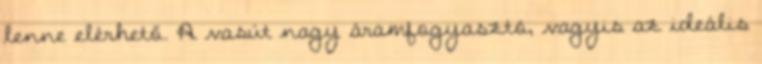
lenne elérhető. A vasút nagy áramfogyasztó, vagyis az ideális